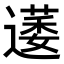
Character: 𮟋